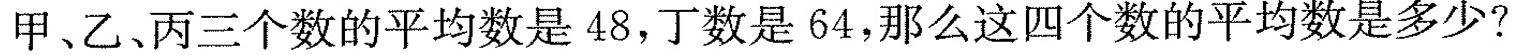
甲、乙、丙三个数的平均数是48，丁数是64，那么这四个数的平均数是多少?